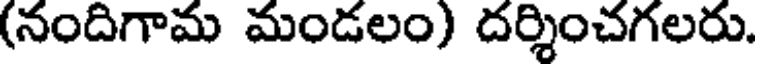
(నందిగామ మండలం) దర్శించగలరు.